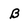
Character: B